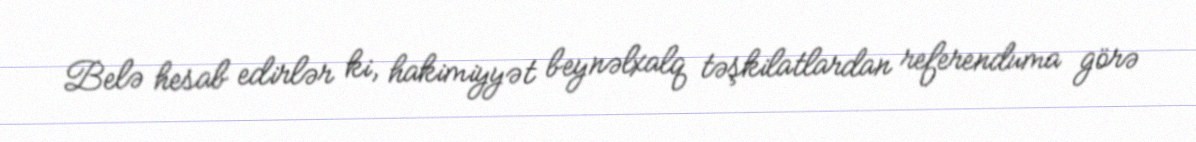
Belə hesab edirlər ki, hakimiyyət beynəlxalq təşkilatlardan referenduma görə